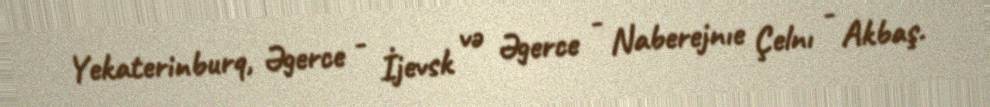
Yekaterinburq, Əgerce - İjevsk və Əgerce - Naberejnıe Çelnı - Akbaş.